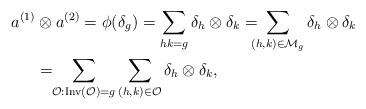
LaTeX: \begin{align*}a^{(1)} &\otimes a^{(2)} = \phi(\delta_{g}) =\sum_{ hk = g } \delta_{h} \otimes \delta_{k} = \!\!\!\!\sum_{ (h, k) \in \mathcal{M}_{g} } \delta_{h} \otimes \delta_{k} \\&= \!\!\sum_{\mathcal{O}: \mathrm{Inv}(\mathcal{O}) = g}\sum_{ (h, k) \in \mathcal{O} } \delta_{h} \otimes \delta_{k}, \end{align*}